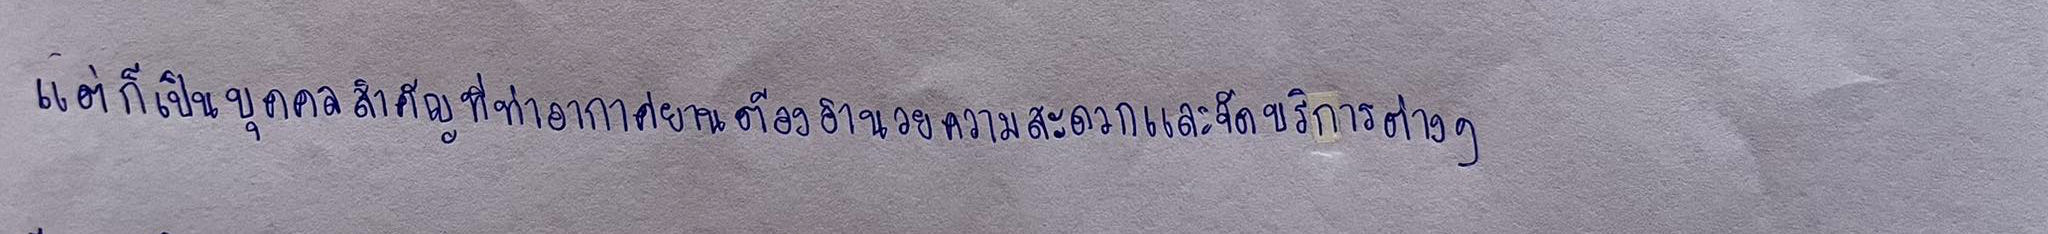
แต่ก็เป็นบุคคลสำคัญที่ท่าอากาศยานต้องอำนวยความสะดวกและจัดบริการต่างๆ